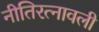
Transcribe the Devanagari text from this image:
नीतिरत्नावली